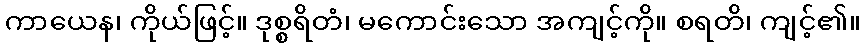
ကာယေန၊ ကိုယ်ဖြင့်။ ဒုစ္စရိတံ၊ မကောင်းသော အကျင့်ကို။ စရတိ၊ ကျင့်၏။